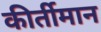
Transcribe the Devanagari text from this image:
कीर्तीमान